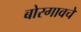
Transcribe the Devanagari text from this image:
बोरगावचे